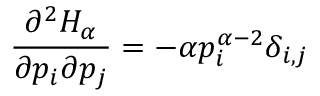
\frac { \partial ^ { 2 } H _ { \alpha } } { \partial p _ { i } \partial p _ { j } } = - \alpha p _ { i } ^ { \alpha - 2 } \delta _ { i , j }